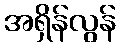
အရှိန်လွန်